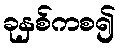
ခုနှစ်ကစ၍